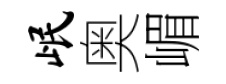
岷奥嵋